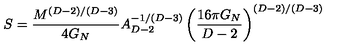
S = { \frac { M ^ { ( D - 2 ) / ( D - 3 ) } } { 4 G _ { N } } } A _ { D - 2 } ^ { - 1 / ( D - 3 ) } \left( \frac { 1 6 \pi G _ { N } } { D - 2 } \right) ^ { ( D - 2 ) / ( D - 3 ) }